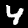
Digit: 4